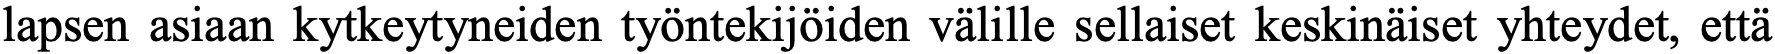
lapsen asiaan kytkeytyneiden työntekijöiden välille sellaiset keskinäiset yhteydet, että